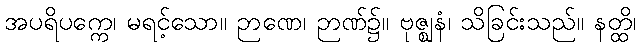
အပရိပက္ကေ၊ မရင့်သော။ ဉာဏေ၊ ဉာဏ်၌။ ဗုဇ္ဈနံ၊ သိခြင်းသည်။ နတ္ထိ၊